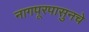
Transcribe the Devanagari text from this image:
नागपूरपासुनचे